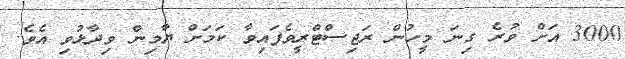
3000 އަށް ވުރެ ގިނަ މީހުން ރަޖިސްޓްރީވެފައިވާ ކަމަށް ޔާމިން ވިދާޅުވި އެވެ.